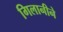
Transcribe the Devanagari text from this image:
गिलानीने